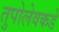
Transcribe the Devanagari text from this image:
तुपोलेवकडे